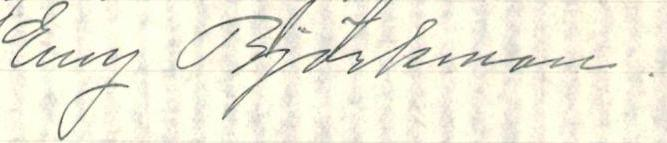
Evy Björkman.